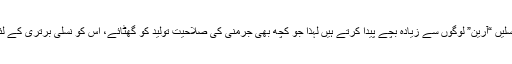
نازیوں کے مطابق ادنیٰ نسلیں “آرین” لوگوں سے زیادہ بچے پیدا کرتے ہیں لہذا جو کچھ بھی جرمنی کی صلاحیت تولید کو گھٹائے، اس کو نسلی برتری کے لئے خطرہ سمجھا جاتا تھا۔